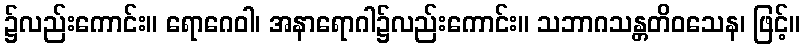
၌လည်းကောင်း။ ရောဂေဝါ၊ အနာရောဂါ၌လည်းကောင်း။ သဘာဂသန္တတိဝသေန၊ ဖြင့်။